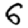
Digit: 6